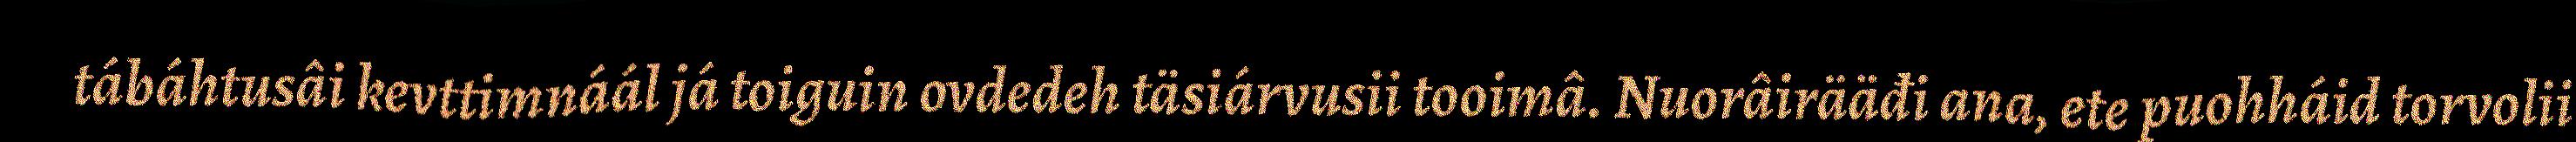
tábáhtusâi kevttimnáál já toiguin ovdedeh täsiárvusii tooimâ. Nuorâirääđi ana, ete puohháid torvolii